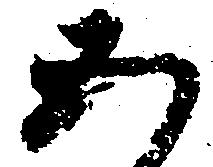
五